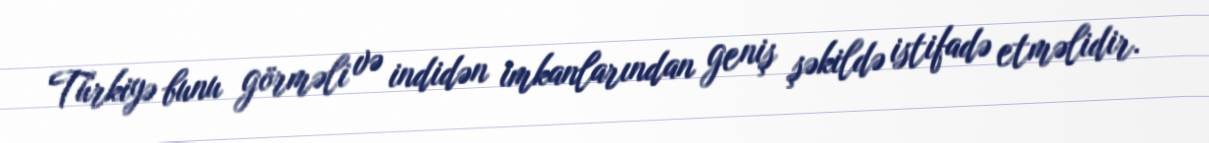
Türkiyə bunu görməli və indidən imkanlarından geniş şəkildə istifadə etməlidir.